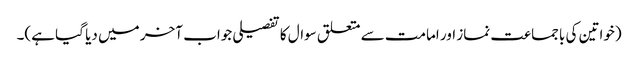
(خواتین کی باجماعت نماز اور امامت سے متعلق سوال کا تفصیلی جواب آخر میں دیا گیا ہے)۔